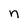
Character: n